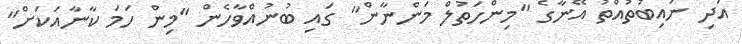
އަދި ނައިބުތުއްތު އޭނާގެ "މިންހަތުލް މަންނާން" ގައި ބުނުއްވާހެން "މިން ހަމަ ކާނާއަކަށް"